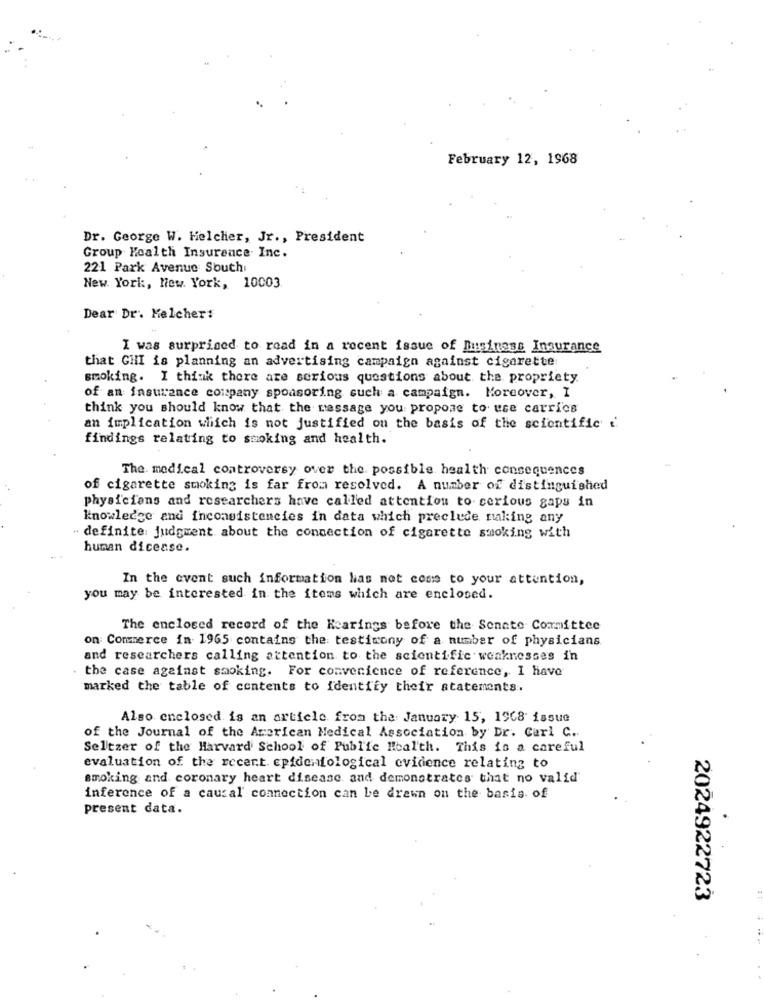
February 12, 1968
Dr. George W. Helcher, Jr ., President
Group Health Insurance. Inc.
221 Park Avenue South
New York, New York, 10003
Dear Dr. Melchert
I was surprised to read in a recent issue of Business Insurance
that GHI is planning an advertising campaign against cigarette
smoking. I think there are serious questions about the propriety.
of an insurance company sponsoring such a campaign. Moreover, I
think you should know that the massage you propose to use carries
an implication which is not justified on the basis of the scientific :'
findings relating to smoking and health.
The. medical controversy over the possible health consequences
of cigarette smoking is far from resolved. A number of distinguished
physicians and researchers have called attention to- serious gaps in
knowledge and inconsistencies in data which preclude naking any
- definite judgment about the connection of cigarette smoking with
human dicease.
In the event such information has not come to your attention,
you may be interested in the items which are enclosed.
The enclosed record of the Hearings before the Senate Committee
on Commerce in- 1965 contains the testimony of a number of physicians
and researchers calling attention to the scientific weaknesses in
the case against smoking. For convenience of reference, I have
marked the table of contents to identify their statements.
Also enclosed is an article from the January 15, 1968 issue
of the Journal of the American Medical Association by Dr. Carl C ..
Seltzer of the Harvard School of Public Health. This is a careful
evaluation of the recent. epidenfological evidence relating to
smoking and coronary heart disease and demonstrates that no valid'
inference of a causal' connection can be drawn on the basis of
present data.
2024922723